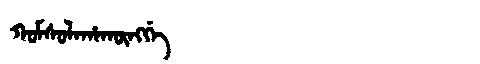
Manchu: ᡴᠣᠮᠰᠣᠯᠠᡥᠠᡴᡡᠩᡤᡝ
Romanization: KOMSOLAHAKŪNGGE